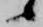
候